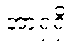
အာရှရှိ